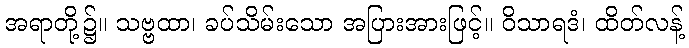
အရာတို့၌။ သဗ္ဗထာ၊ ခပ်သိမ်းသော အပြားအားဖြင့်။ ဝိသာရဒံ၊ ထိတ်လန့်